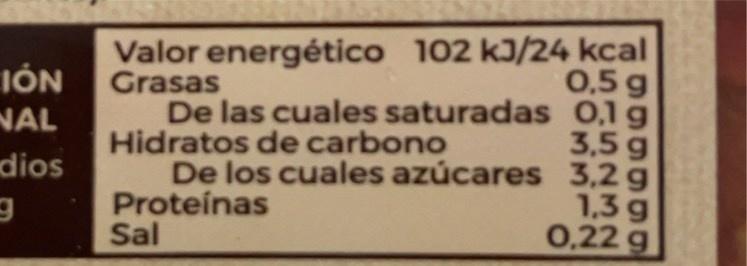
IÓN
NAL dios
g
Valor energético 102 kJ/24 kcal Grasas
De las cuales saturadas
Hidratos de carbono
De los cuales azúcares
Proteínas
Sal
0,5 g
0,1 g
3,5 g
3,2 g
1,3 g
0,22 g